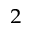
_ 2